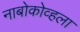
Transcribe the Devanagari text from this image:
नाबोकोव्हला